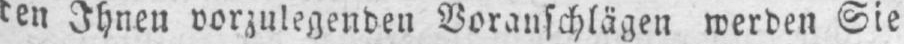
den Ihnen vorzulegenden Voranschlägen werden Sie